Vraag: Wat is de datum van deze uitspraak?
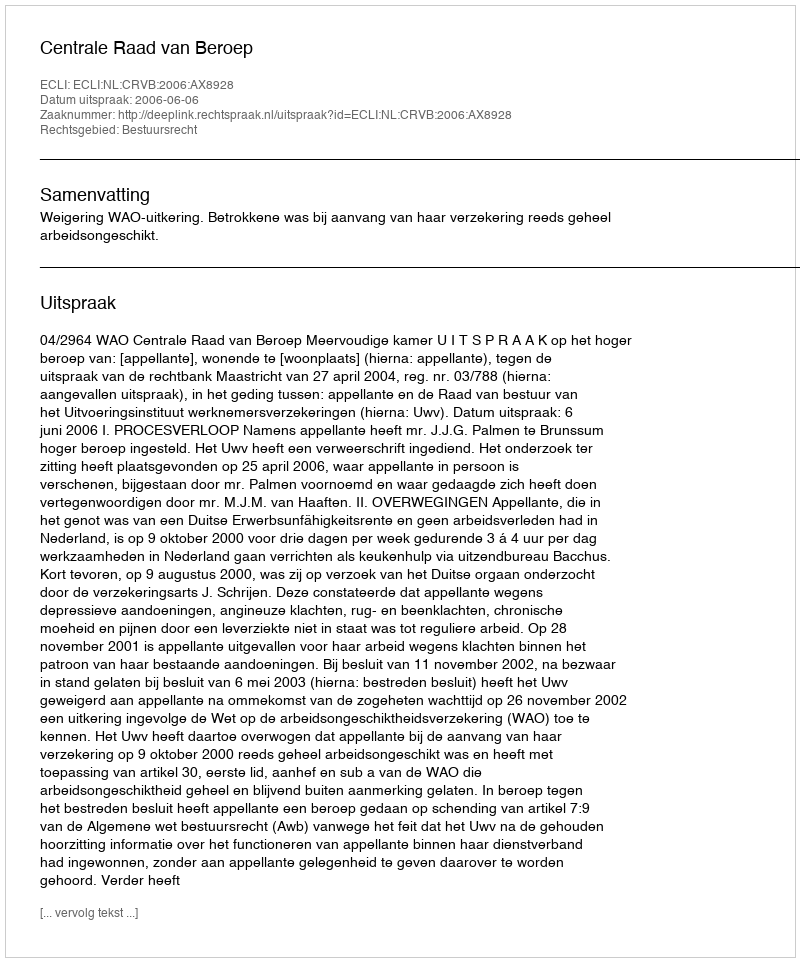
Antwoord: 2006-06-06